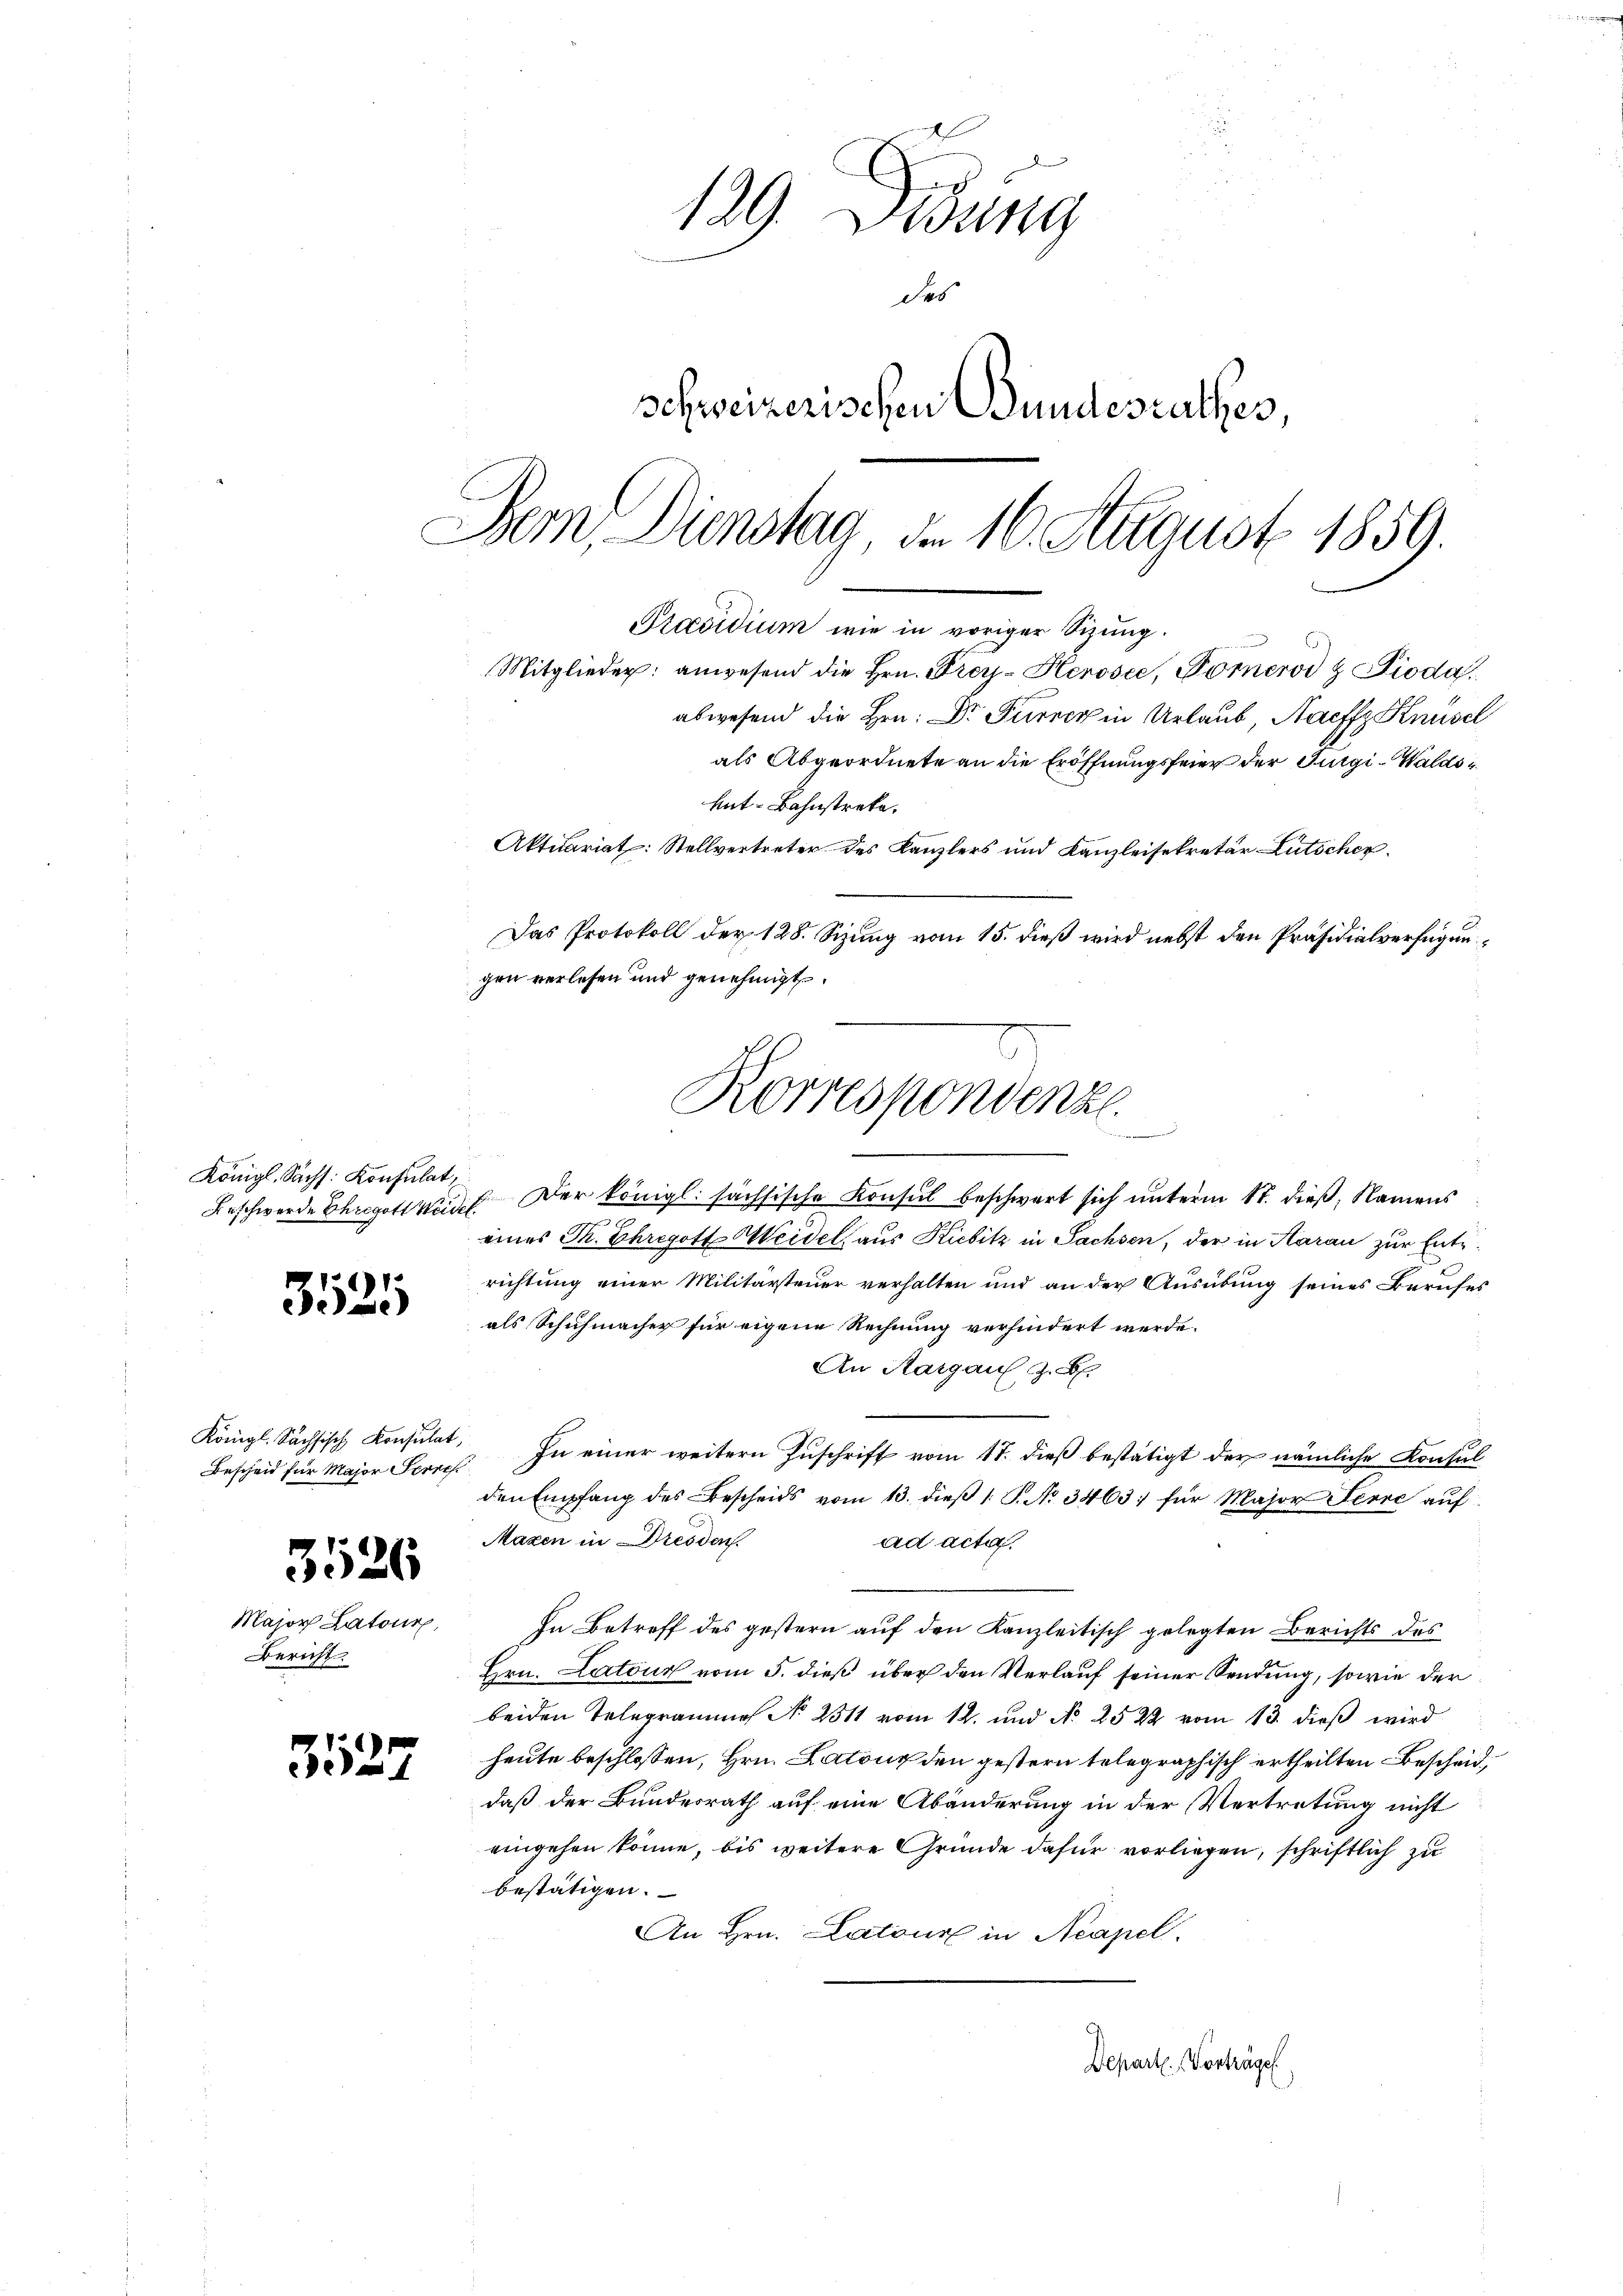
Königl. Sachs: Konsulat,

3525

Bescheid für Major Herre

3526

Major Latour,
Bericht.

3527

139 Didung
des
Schweizerischen Bundesrathes,
Dem Dienstag, d. 16. August 1859.
Präsidium wie in voriger Sizung.

Das Protokoll der 128. Sizung vom 15. dieß wird nebst den Präsidialverfügungen verlesen und genehmigt.

u
abwesend die Hrn. Dr Furrer in Urlaub, Naeffz Knüsel
als Abgeordnete an die Eröffnungsfeier der Furgi-Walds¬
Ant-Bahnstreke,
Aktuariat: Stellvertreter des Kanzlers und Kanzleisekretär utscher

Mitglieder: anwesend die Hrn. Frey- Herosee, Pomerod z Pioda

Korrespondenz
e
u

Beschwerde Ehegatte. Der Königl. sächsische Konsul beschwart sich unterm 17. dieß, Namens
eines Th. Ehregott Heidel, aus Kicbitz in Sachsen, der in Haran zur Entrichtung einer Militärsteuer verhalten und an der Ausübung seines Berufes
als Schuhmacher für eigene Rechnung verhindert werde.
An Kargau, z. B.
Königl. Sächsisch Konsulat, In einer weitern Zuschrift vom 17. dieß bestätigt der nämliche Konsul
den Empfang des Bescheids vom 13. dieβ 1 S. No 3463 für Major Ferre auf
Maxen in Dresden
ad acta.
In Betreff des gestern auf den Kanzleitisch gelegten Berichts des
Hrn. Latour vom 5. dieß über den Verlauf seiner Sendung, sowie der
beiden Telegrammes No 2311 vom 12. und No 2522 vom 13. dieß wird
heute beschlossen, Hrn. Latons den gestern telegraphisch ertheilten Bescheid,
daß der Bundesrath auf eine Abänderung in der Vertretung nicht
eingehen könne, bis weitere Gründe dafür vorliegen, schriftlich zu
bestätigen.
An Hrn. Latour in Neapel.
Depart. Vorträge